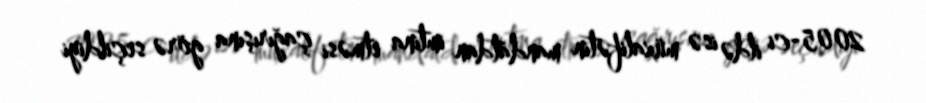
2005-ci ildə isə müxalifətin mandatdan imtina etməsi çağırışına görə seçildiyi